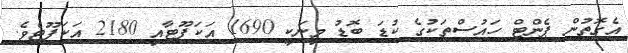
އެގޮތުން ޕެންޓް ހައުސްތަކުގެ ކުޑަ ބޮޑު މިނަކީ 1690 އަކަފޫޓާއި 2180 އަކަފޫޓެވެ.